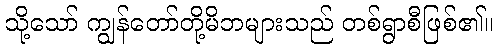
သို့သော် ကျွန်တော်တို့မိဘများသည် တစ်ရွာစီဖြစ်၏။